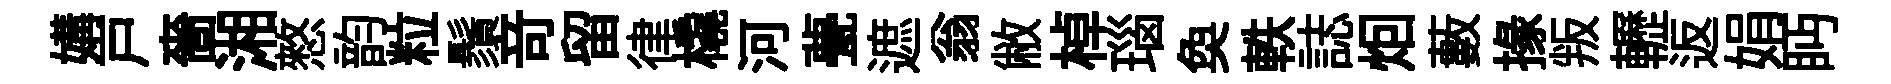
媾戸嗇湘憗韵粒鬚竒留律橇河甍遮翁敝棹瑙奐軼誌𤇆藪掾叛轣返娟眄